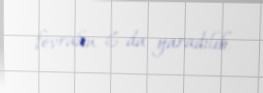
fevralın 6-da yaradılıb.